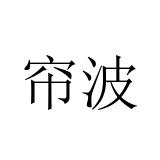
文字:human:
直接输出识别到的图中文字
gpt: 帘波